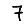
Digit: 7